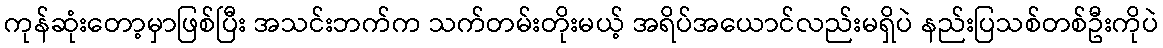
ကုန်ဆုံးတော့မှာဖြစ်ပြီး အသင်းဘက်က သက်တမ်းတိုးမယ့် အရိပ်အယောင်လည်းမရှိပဲ နည်းပြသစ်တစ်ဦးကိုပဲ